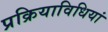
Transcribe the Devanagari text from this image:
प्रक्रियाविधियां